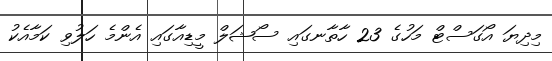
މިދިޔަ އޯގަސްޓް މަހުގެ 23 ހާތާނގައި ސޯޝަލް މީޑިއާގައި އެންމެ ހަލުވި ކަމާއެކު